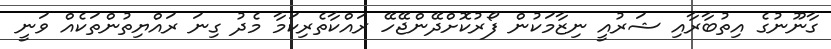
ގާނޫނުގެ އިތުބާރާއި ޝަރުއީ ނިޒާމަކުން ފޯރުކޮށްދޭންޖޭހޭ ރައްކާތެރިކަމާ މެދު ގިނަ ރައްޔިތުންތަކެއް ވަނީ